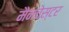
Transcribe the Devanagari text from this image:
मैनचेस्‍टर